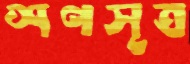
শণসূত্র